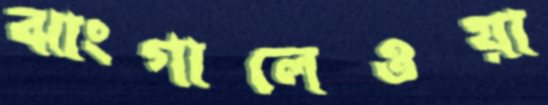
ঝাংগালেওয়া